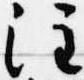
注